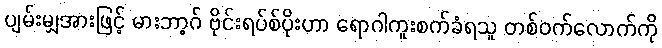
ပျမ်းမျှအားဖြင့် မားဘာ့ဂ် ဗိုင်းရပ်စ်ပိုးဟာ ရောဂါကူးစက်ခံရသူ တစ်ဝက်လောက်ကို